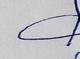
Signature authenticity: genuine